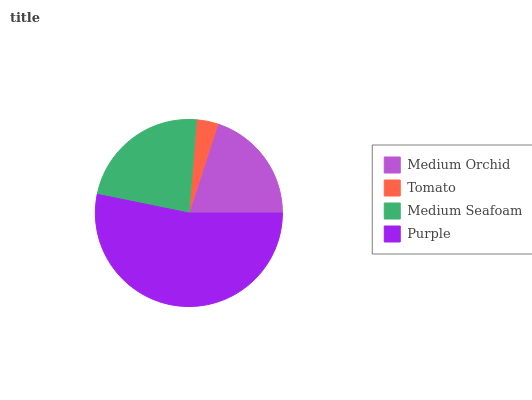
| Medium Orchid | Tomato | Medium Seafoam | Purple |
 | --- | --- | --- | --- |
 | 20.1% | 3.72% | 23.1% | 53.2% |